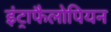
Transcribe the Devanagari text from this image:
इंट्राफैलोपियन